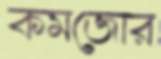
কমজোর